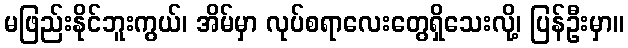
မဖြည်းနိုင်ဘူးကွယ်၊ အိမ်မှာ လုပ်စရာလေးတွေရှိသေးလို့၊ ပြန်ဦးမှာ။